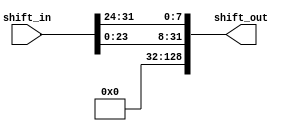
module rotate_words(
    input [128:0] shift_in,
    output reg [128:0] shift_out
    );
	

always@(rot_in)
	 begin
	 shift_out[127:120] = shift_in[127:120];
	 shift_out[119:112] = shift_in[87:80];
	 
	 
	 shift_out = shift_in[31:0];
	 shift_out = {shift_in[23:0],shift_in[31:24]};
	 shift_out = {shift_in[23:0],shift_in[31:24]};
	 shift_out = {shift_in[23:0],shift_in[31:24]};
end

endmodule